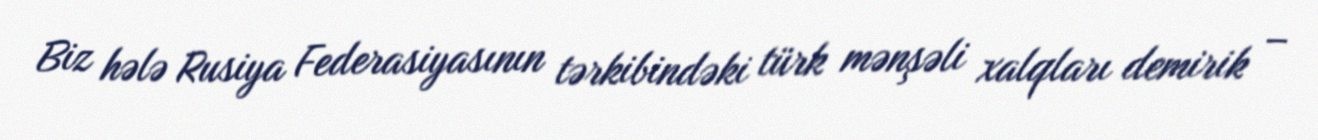
Biz hələ Rusiya Federasiyasının tərkibindəki türk mənşəli xalqları demirik –